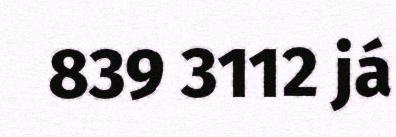
839 3112 já